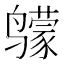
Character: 𲎈